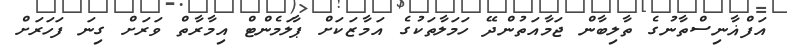
އަފްޣާނިސްތާނުގެ ތާލިބާން ޖަމާއަތުންދޭ ހަމަލާތަކުގެ އަމާޒަކަށް ޕާލަމެންޓް އިމާރާތް ވަރަށް ގިނަ ފަހަރަށް